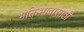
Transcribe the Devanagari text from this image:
भक्तिभावासाठी